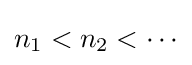
{\textstyle n_{1}<n_{2}<\cdots }